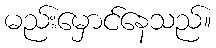
မည်းမှောင်နေသည်။